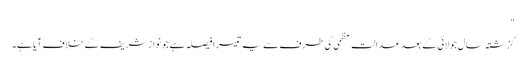
"
گزشتہ سال جولائی کے بعد عدالت عظمٰی کی طرف سے یہ تیسرا فیصلہ ہے جو نواز شریف کے خلاف آیا ہے۔